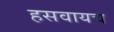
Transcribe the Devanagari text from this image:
हसवायच